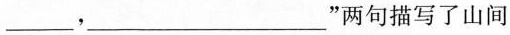
___，___”两句描写了山间